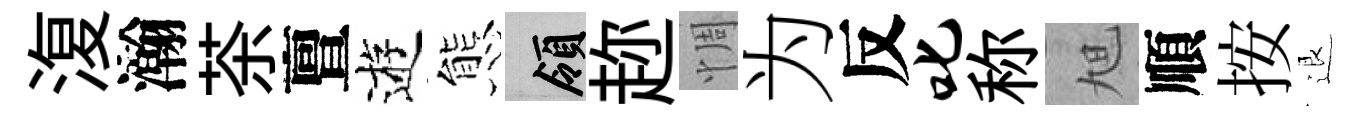
𣸪瀚茶亶逰態領趂惆为反叱称旭順按退